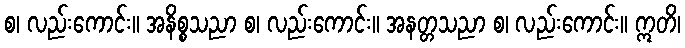
စ၊ လည်းကောင်း။ အနိစ္စသညာ စ၊ လည်းကောင်း။ အနတ္တသညာ စ၊ လည်းကောင်း။ ဣတိ၊